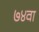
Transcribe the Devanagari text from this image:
७४वा